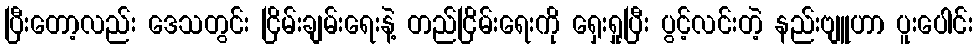
ပြီးတော့လည်း ဒေသတွင်း ငြိမ်းချမ်းရေးနဲ့ တည်ငြိမ်းရေးကို ရှေးရှုပြီး ပွင့်လင်းတဲ့ နည်းဗျူဟာ ပူးပေါင်း